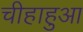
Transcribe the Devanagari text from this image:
चीहाहुआ